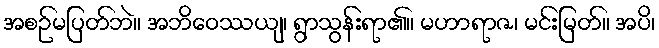
အစဉ်မပြတ်ဘဲ။ အဘိဝေဿယျ၊ ရွာသွန်းရာ၏။ မဟာရာဇ၊ မင်းမြတ်။ အပိ၊